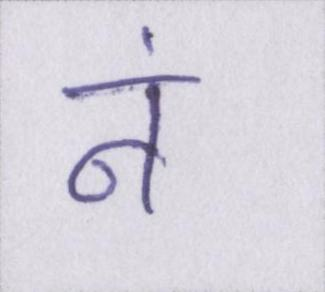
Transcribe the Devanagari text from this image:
नं